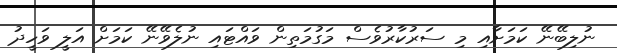
ނުލިބޭނޭ ކަމަށާއި މި ސަރުކާރުވެސް މަގުމަތިން ވައްޓައި ނުލެވޭނޭ ކަމަށް އަލީ ވަހީދު